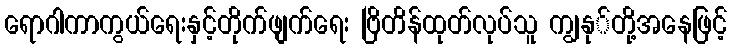
ရောဂါကာကွယ်ရေးနှင့်တိုက်ဖျက်ရေး ဗြိတိန်ထုတ်လုပ်သူ ကျွနု်တို့အနေဖြင့်